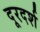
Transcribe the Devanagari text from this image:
दूरदर्श